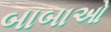
બાબાઓ